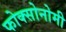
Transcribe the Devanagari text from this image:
फोक्सोनोमी